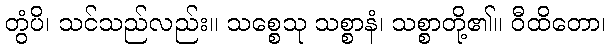
တွံပိ၊ သင်သည်လည်း။ သစ္စေသု သစ္စာနံ၊ သစ္စာတို့၏။ ဝီထိတော၊